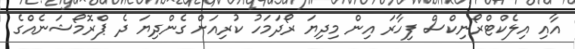
އާއި އިލެކްޓްރޯނިކްސް ފިހާރަ އިން މިދިޔަ ރޯދަމަހު ކުރިއަށް ގެންދިޔަ ދެ ޕްރޮމޯޝަނެއްގެ